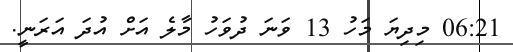
06:21 މިދިޔަ މަހު 13 ވަނަ ދުވަހު މާލެ އަށް އުދަ އަރަނީ.